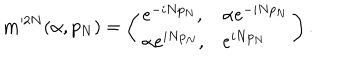
{ \mathbf m } ^ { 2 N } ( \alpha , p _ { N } ) = \left( \begin{array} { l l } { { e ^ { - i N p _ { N } } , } } & { { \alpha e ^ { - i N p _ { N } } } } \\ { { \alpha e ^ { i N p _ { N } } , } } & { { e ^ { i N p _ { N } } } } \\ \end{array} \right) .